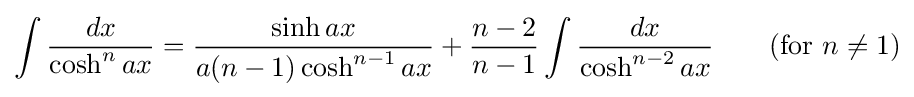
\int {\frac {dx}{\cosh ^{n}ax}}={\frac {\sinh ax}{a(n-1)\cosh ^{n-1}ax}}+{\frac {n-2}{n-1}}\int {\frac {dx}{\cosh ^{n-2}ax}}\qquad {\mbox{(for }}n\neq 1{\mbox{)}}